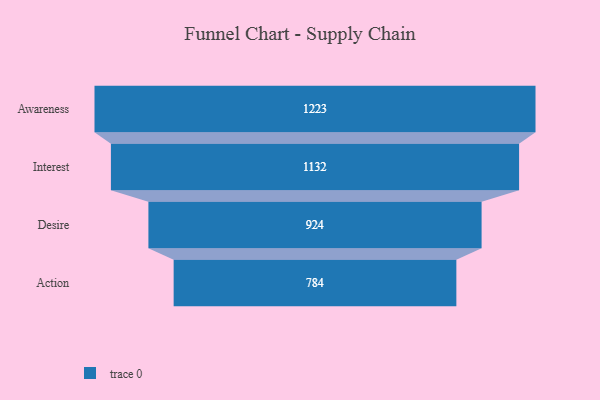
{"axis": {"x": "Stage", "y": "Value"}, "legend": [""], "data": [{"x": "Awareness", "y": 1223.0, "type": ""}, {"x": "Interest", "y": 1132.0, "type": ""}, {"x": "Desire", "y": 924.0, "type": ""}, {"x": "Action", "y": 784.0, "type": ""}]}